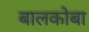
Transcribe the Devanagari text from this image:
बालकोबा